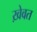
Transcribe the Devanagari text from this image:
ख़ेवत